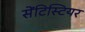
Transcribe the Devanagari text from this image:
सेंटिस्टियर